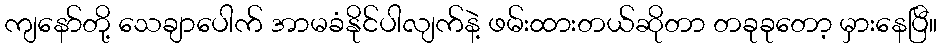
ကျနော်တို့ သေချာပေါက် အာမခံနိုင်ပါလျက်နဲ့ ဖမ်းထားတယ်ဆိုတာ တခုခုတော့ မှားနေပြီ။